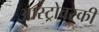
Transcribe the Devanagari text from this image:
आस्ट्रोवस्की